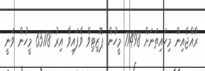
ރާއްޖެއިން މިހައިތަނަށް 71498 މީހުން ޕޮޒިޓިވް ވެފައިވާ އިރު 65178 މީހުން ވަނީ